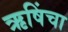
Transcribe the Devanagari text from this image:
ऋषिंचा